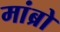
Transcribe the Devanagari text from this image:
मांब्रो